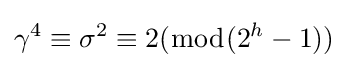
\gamma ^{4}\equiv \sigma ^{2}\equiv 2({\bmod {(}}2^{h}-1))